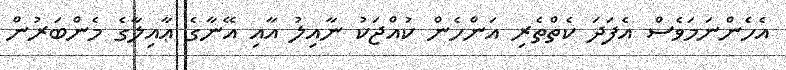
އެހެންނަމަވެސް އެފަދަ ކެތްތެރި އަންހެން ކުއްޖަކު ނާއިލު އާއި އޭނާގެ ޢާއިލާގެ މެންބަރުން